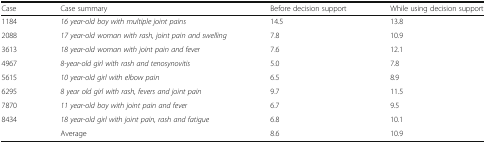
| Case | Case summary | Before decision support | While using decision support |
 | --- | --- | --- | --- |
 | 1184 | 16 year-old boy with multiple joint pains | 14.5 | 13.8 |
 | 2088 | 17 year-old woman with rash, joint pain and swelling | 7.8 | 10.9 |
 | 3613 | 18 year-old woman with joint pain and fever | 7.6 | 12.1 |
 | 4967 | 8-year-old girl with rash and tenosynovitis | 5.0 | 7.8 |
 | 5615 | 10 year-old girl with elbow pain | 6.5 | 8.9 |
 | 6295 | 8 year old girl with rash, fevers and joint pain | 9.7 | 11.5 |
 | 7870 | 11 year-old boy with joint pain and fever | 6.7 | 9.5 |
 | 8434 | 18 year-old girl with joint pain, rash and fatigue | 6.8 | 10.1 |
 |  | Average | 8.6 | 10.9 |